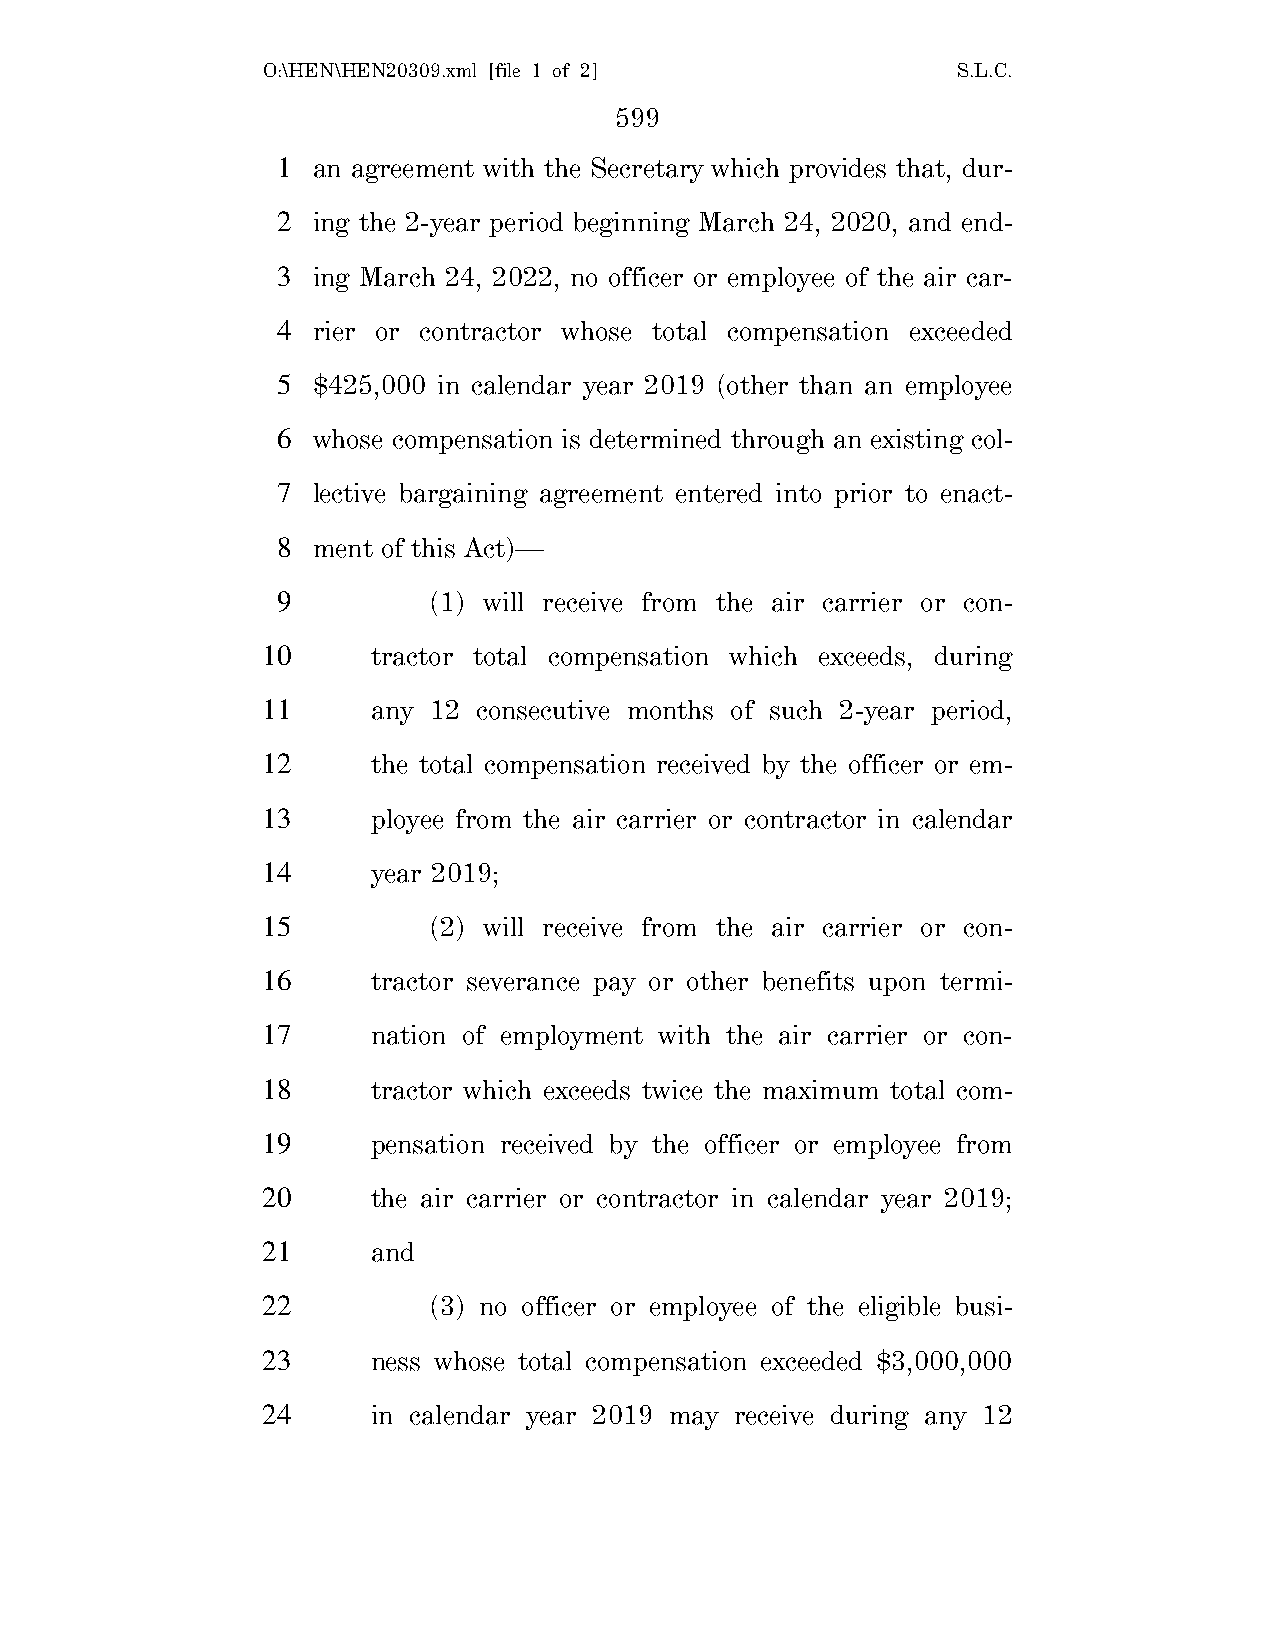
O:\HEN\HEN20309.xml [file 1 of 2]             S.L.C.
 599
 1  an agreement with the Secretary which provides that, dur-
 2  ing the 2-year period beginning March 24, 2020, and end-
 3  ing March 24, 2022, no officer or employee of the air car-
 4  rier or contractor whose total compensation exceeded
 5  $425,000 in calendar year 2019 (other than an employee
 6  whose compensation is determined through an existing col-
 7  lective bargaining agreement entered into prior to enact-
 8  ment of this Act)—
 9         (1) will receive from the air carrier or con-
 10      tractor total compensation which exceeds, during
 11      any 12 consecutive months of such 2-year period,
 12      the total compensation received by the officer or em-
 13      ployee from the air carrier or contractor in calendar
 14      year 2019;
 15         (2) will receive from the air carrier or con-
 16      tractor severance pay or other benefits upon termi-
 17      nation of employment with the air carrier or con-
 18      tractor which exceeds twice the maximum total com-
 19      pensation received by the officer or employee from
 20      the air carrier or contractor in calendar year 2019;
 21      and
 22         (3) no officer or employee of the eligible busi-
 23      ness whose total compensation exceeded $3,000,000
 24      in calendar year 2019 may receive during any 12